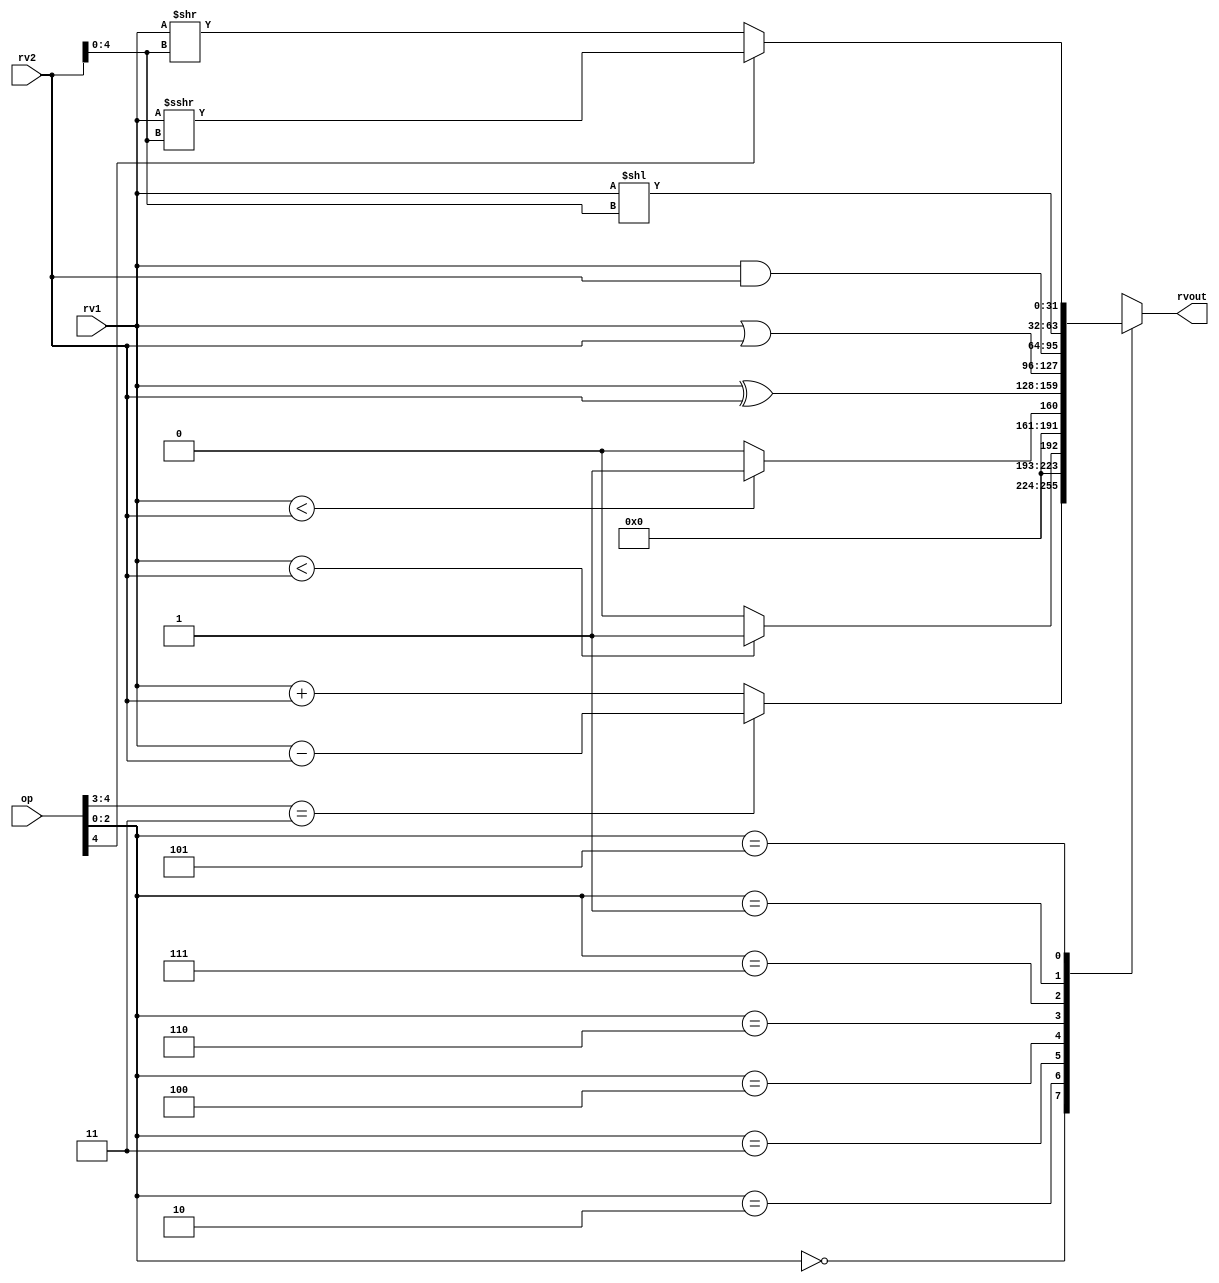
module alu32(
    input [5:0] op,      // some input encoding of your choice
    input [31:0] rv1,    // First operand
    input [31:0] rv2,    // Second operand
    output reg [31:0] rvout  // Output value
);
	always @(rv1, rv2, op) begin
		case(op[2:0])
			3'b000	: #15 rvout = (op[4:3] == 2'b11) ? rv1 - rv2 : rv1 + rv2;
			3'b010 	: #15 rvout = ($signed(rv1) < $signed(rv2)) ? 1 : 0;
			3'b011 	: #15 rvout = (rv1 < rv2) ? 1 : 0;
			3'b100 	: #15 rvout = rv1 ^ rv2;
			3'b110 	: #15 rvout = rv1 | rv2;
			3'b111 	: #15 rvout = rv1 & rv2;
			3'b001 	: #15 rvout = rv1 << rv2[4:0];
			3'b101 	: #15 rvout = (op[4]) ? $signed(rv1) >>> rv2[4:0] : rv1 >> rv2[4:0];
			default	: #15 rvout = 0;
		endcase // op
	end

endmodule